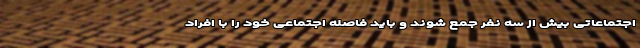
اجتماعاتی بیش از سه نفر جمع شوند و باید فاصله اجتماعی خود را با افراد